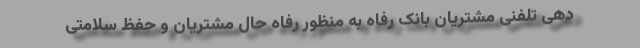
دهی تلفنی مشتریان بانک رفاه به منظور رفاه حال مشتریان و حفظ سلامتی